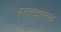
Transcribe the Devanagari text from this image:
हालचालच